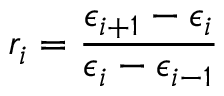
r _ { i } = \frac { \epsilon _ { i + 1 } - \epsilon _ { i } } { \epsilon _ { i } - \epsilon _ { i - 1 } }